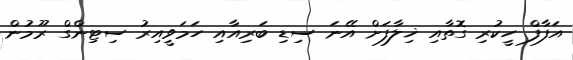
އަފާފް ހީކުރި ގޮތާއި ޚިލާފަށް އޭނަ ސިޑި ބަރިއާއި ހަމަވީއިރު ސިޓިންގް ރޫމުން